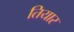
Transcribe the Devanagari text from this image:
तियार